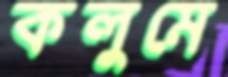
কলুমে